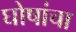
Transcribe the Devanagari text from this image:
घोषांचा